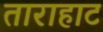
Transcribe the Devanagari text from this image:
ताराहाट